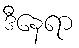
ဒီနေရာ